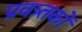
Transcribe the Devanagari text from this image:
प्रवत्र्तकों